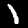
Digit: 1